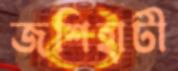
জশিহাটী